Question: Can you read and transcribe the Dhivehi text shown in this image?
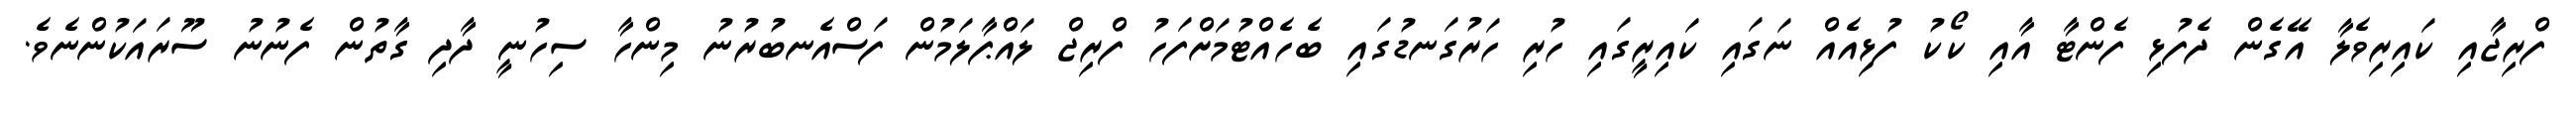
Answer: ފްރިޖާއި ކައިރިވެލާ އޭގެން ދެފުޅި ފެންޓާ އާއި ކޯކު ފުޅިއެއް ނަގައި ކައިރީގައި ހުރި ހަރުގަނޑުގައި ބެހެއްޓުމަށްފަހު ފްރިޖް ލައްޕާލަމުން ފަސްއެނބުރުނު މިންހާ ސިހުނީ ދާދި ގާތުން ފެނުނު ސޫރައަކުންނެވެ.